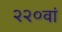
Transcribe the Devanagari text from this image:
२२०वां